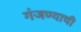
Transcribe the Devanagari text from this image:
गंजण्याची